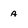
Character: A